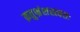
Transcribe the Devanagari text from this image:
क्रतुभ्रंशस्त्वत्तः